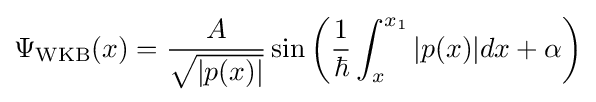
\Psi _{\text{WKB}}(x)={\frac {A}{\sqrt {|p(x)|}}}\sin {\left({\frac {1}{\hbar }}\int _{x}^{x_{1}}|p(x)|dx+\alpha \right)}